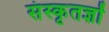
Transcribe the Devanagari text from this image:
संस्कृतज्ञों